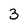
Character: 3